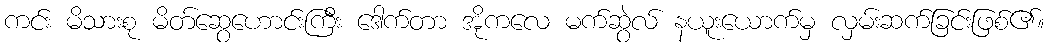
ကင်း မိသားစု မိတ်ဆွေဟောင်းကြီး ဒေါက်တာ အိုကလေ မက်ဆွဲလ် နယူးယောက်မှ လှမ်းဆက်ခြင်းဖြစ်၏။